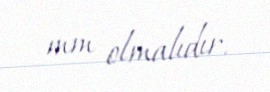
mm olmalıdır.